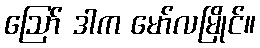
ဪ ဒါက မော်လမြိုင်။